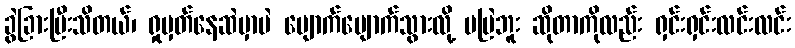
ခွဲခြားပြီးသိတယ်၊ ရှုမှတ်နေဆဲမှာပဲ ပျောက်ပျောက်သွားလို့ မမြဲဘူး ဆိုတာကိုလည်း ရှင်းရှင်းလင်းလင်း